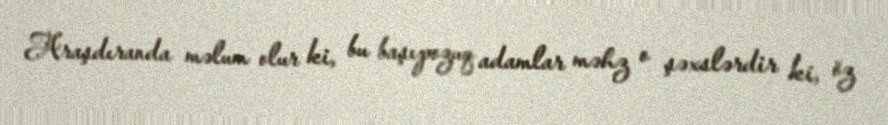
Araşdıranda məlum olur ki, bu başıpozuq adamlar məhz o şəxslərdir ki, öz